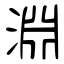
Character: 淵